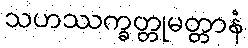
သဟဿက္ခတ္တုမတ္တာနံ